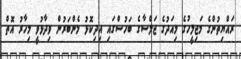
ރައްޔިތުންގެ މަޖިލީހުގެ މިއަދުގެ ޖަލްސާގެ ބަހުސްގައި އިދިކޮޅު މެންބަރުން ވިދާޅުވީ މިހާރު އޮތް